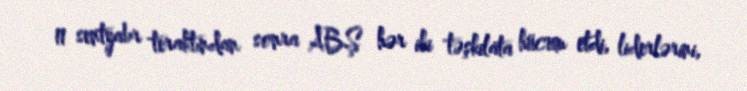
11 sentyabr teraktından sonra ABŞ hər iki təşkilata hücum etdi, liderlərini,